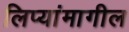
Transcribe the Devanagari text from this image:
लिप्यांमागील